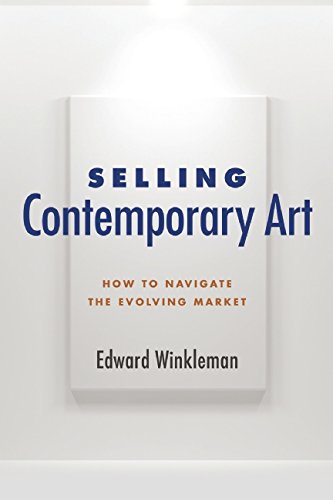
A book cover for Selling Contemporary Art: How to Navigate the Evolving Market; Edward Winkleman; Arts & Photography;